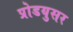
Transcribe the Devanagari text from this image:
प्रोडयुसर